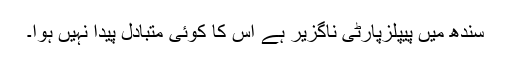
سندھ میں پیپلزپارٹی ناگزیر ہے اُس کا کوئی متبادل پیدا نہیں ہوا۔